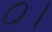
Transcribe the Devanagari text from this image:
०।